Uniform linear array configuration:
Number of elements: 64
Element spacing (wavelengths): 1
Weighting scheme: hamming
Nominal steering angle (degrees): -60
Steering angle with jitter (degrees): -58.849
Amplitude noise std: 0.05
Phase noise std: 0.05

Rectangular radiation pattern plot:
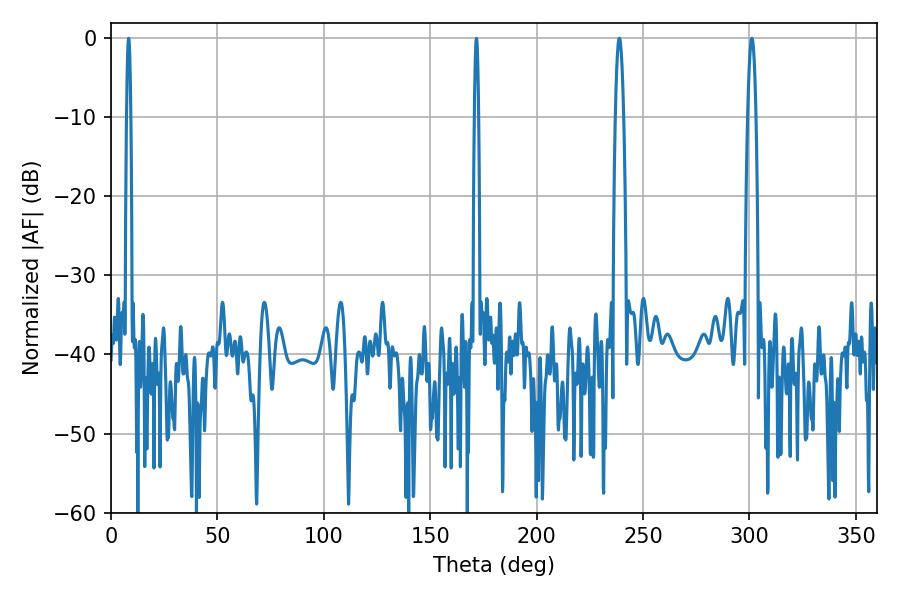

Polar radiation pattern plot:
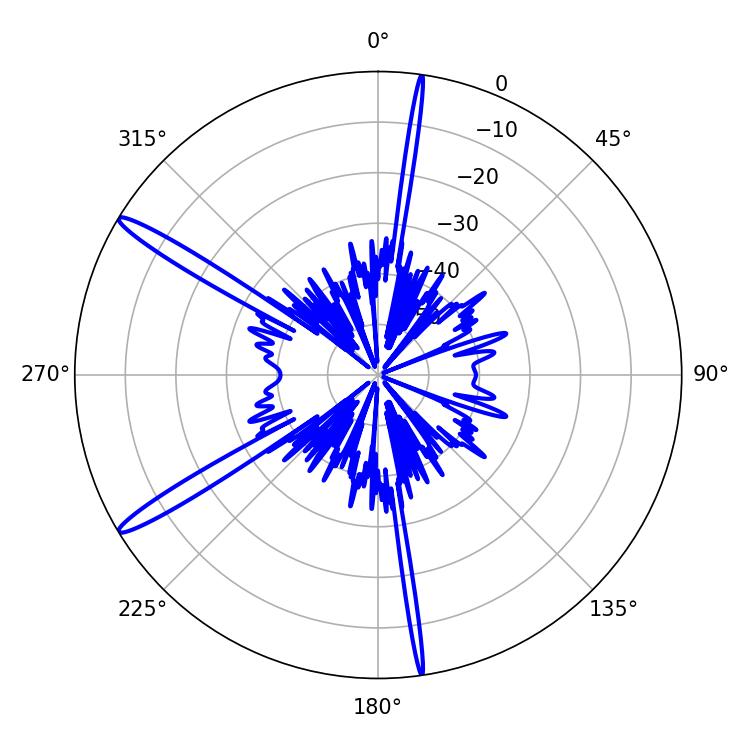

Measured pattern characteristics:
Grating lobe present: TRUE
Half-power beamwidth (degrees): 2.16
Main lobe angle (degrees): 238.86